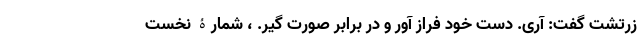
زرتشت گفت: آری. دست خود فراز آور و در برابر صورت گیر. ، شمارۀ نخست